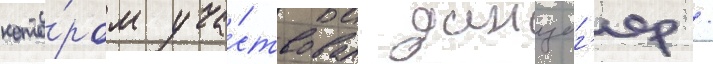
кото́ром уча́ствовал данциг'ер /